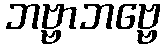
ဘဗ္ဗာဘဗ္ဗေ